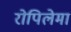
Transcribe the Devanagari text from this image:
रोपिलेमा